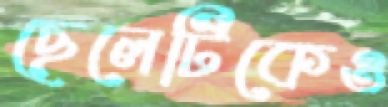
ছেলেটিকেও